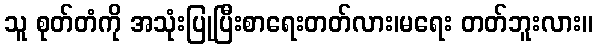
သူ စုတ်တံကို အသုံးပြုပြီးစာရေးတတ်လား၊မရေး တတ်ဘူးလား။